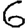
Digit: 6